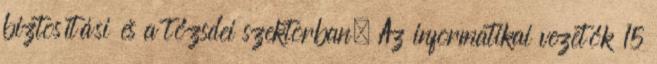
biztosítási és a tőzsdei szektorban. Az informatikai vezetők 15